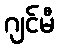
ဂျင်မီ